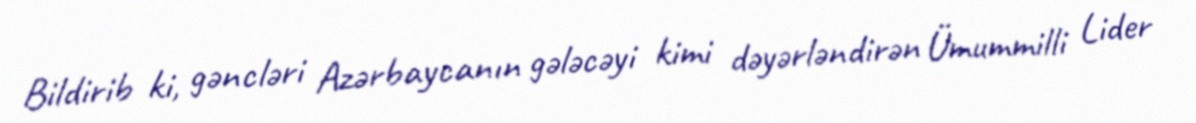
Bildirib ki, gəncləri Azərbaycanın gələcəyi kimi dəyərləndirən Ümummilli Lider